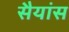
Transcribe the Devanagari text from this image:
सैयांस